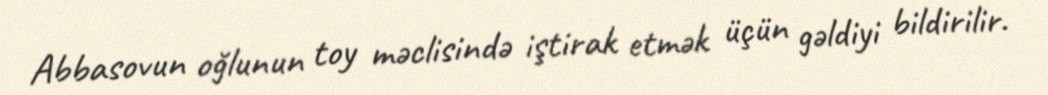
Abbasovun oğlunun toy məclisində iştirak etmək üçün gəldiyi bildirilir.